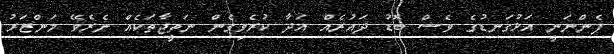
ފެންނަނީ އަޅުގަނޑުގެ ވެސް ބޮޑު ދައުރެއް އަދާ ކުރެވިގެން ނަތީޖާތަކެއް ނެރެވޭ މަންޒަރު